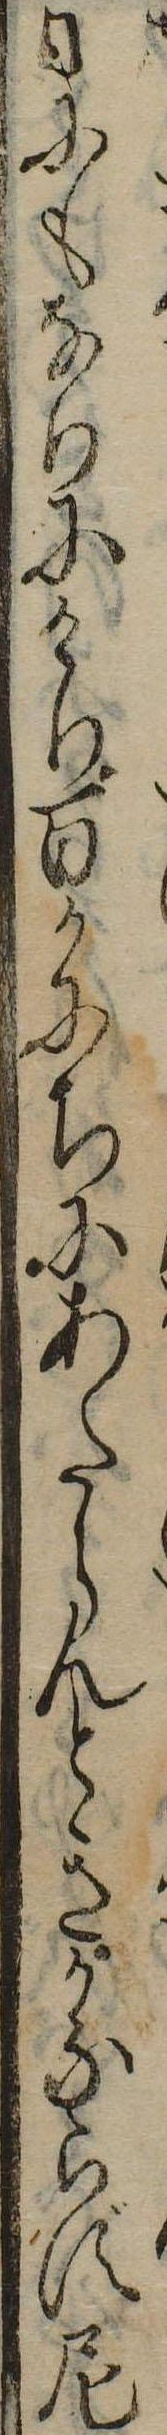
日にもなりにけり百かにちにあたらんときかならず尼